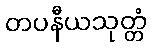
တပနီယသုတ္တံ